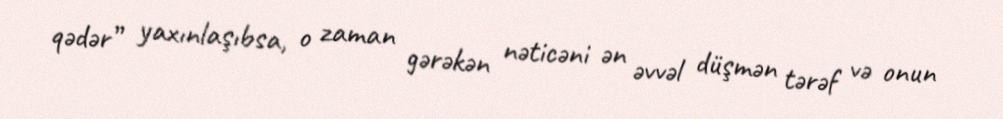
qədər” yaxınlaşıbsa, o zaman gərəkən nəticəni ən əvvəl düşmən tərəf və onun